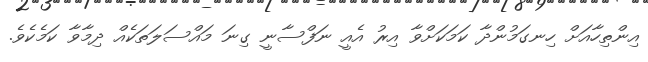
އިންތިހާއަށް ހިނގަމުންދާ ކަމަކަށްވާ އިރު އެއީ ނަފްސާނީ ގިނަ މައްސަލަތަކެއް ދިމާވާ ކަމެކެވެ.